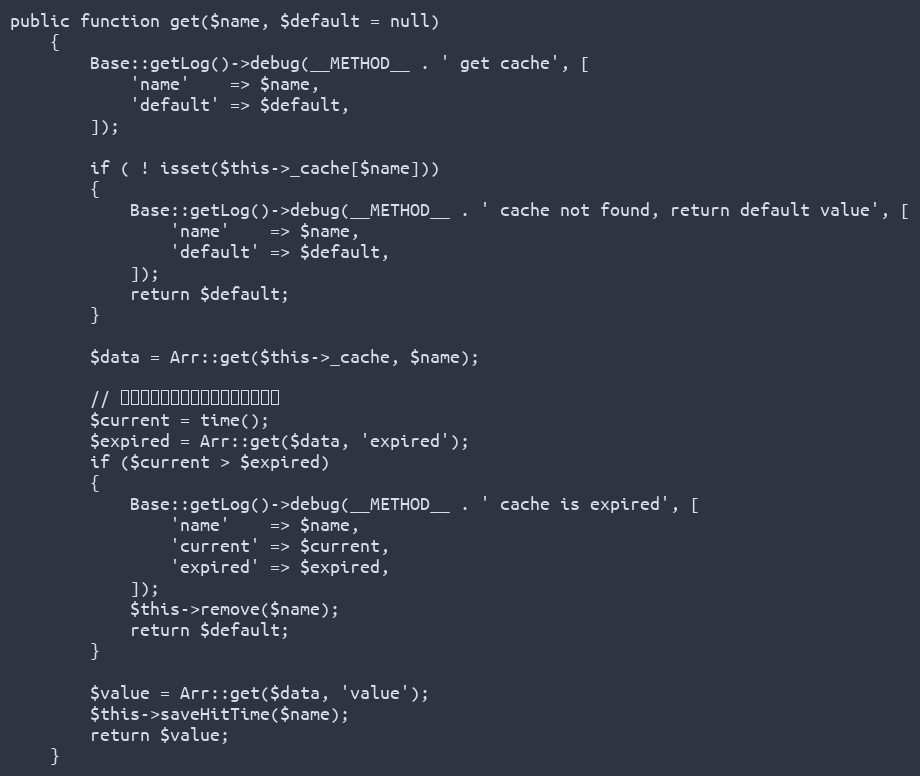
Language: PHP
public function get($name, $default = null)
    {
        Base::getLog()->debug(__METHOD__ . ' get cache', [
            'name'    => $name,
            'default' => $default,
        ]);

        if ( ! isset($this->_cache[$name]))
        {
            Base::getLog()->debug(__METHOD__ . ' cache not found, return default value', [
                'name'    => $name,
                'default' => $default,
            ]);
            return $default;
        }

        $data = Arr::get($this->_cache, $name);

        // 判断过期时间，过期的话，直接删除
        $current = time();
        $expired = Arr::get($data, 'expired');
        if ($current > $expired)
        {
            Base::getLog()->debug(__METHOD__ . ' cache is expired', [
                'name'    => $name,
                'current' => $current,
                'expired' => $expired,
            ]);
            $this->remove($name);
            return $default;
        }

        $value = Arr::get($data, 'value');
        $this->saveHitTime($name);
        return $value;
    }